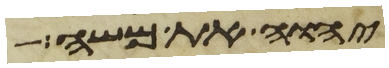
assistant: יהוה את משה